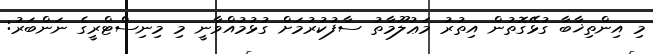
މި އިންތިޚާބާ ގުޅޭގޮތުން އިތުރު މަޢުލޫމާތު ސާފުކުރުމަށް ގުޅުމުއްވާނީ މި މިނިސްޓްރީގެ ނަންބަރު: